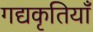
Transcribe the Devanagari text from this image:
गद्यकृतियाँ